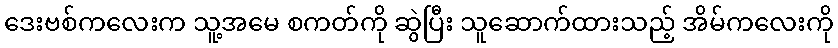
ဒေးဗစ်ကလေးက သူ့အမေ စကတ်ကို ဆွဲပြီး သူဆောက်ထားသည့် အိမ်ကလေးကို